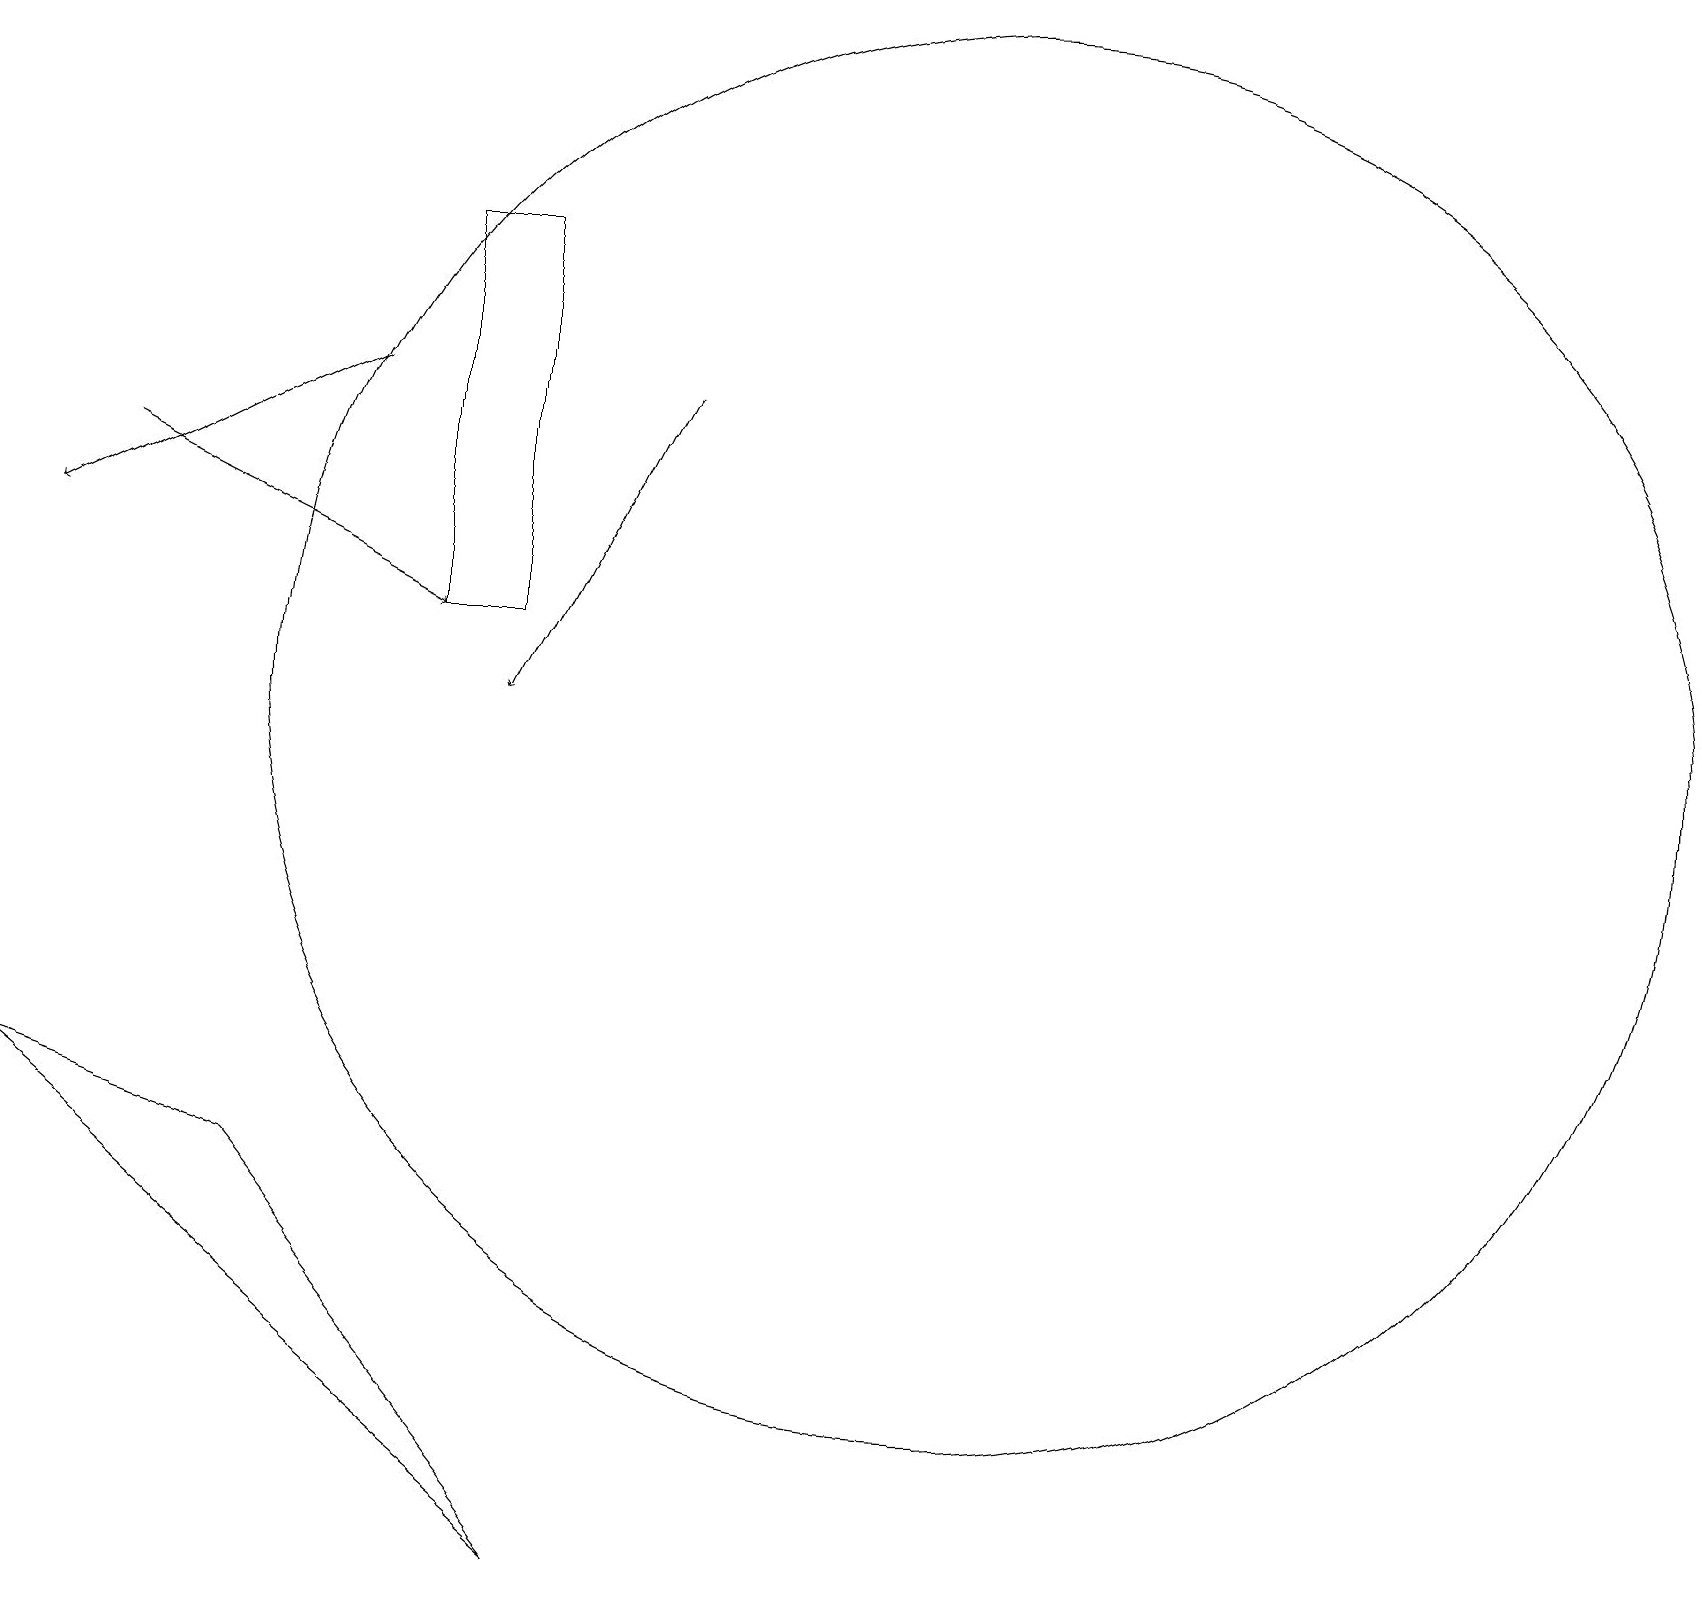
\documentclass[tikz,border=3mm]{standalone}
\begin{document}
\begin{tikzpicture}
\draw[->] (8,15) -- (6,11);
\draw[->] (1,14) -- (5,12);
\draw[->] (4,15) -- (0,13);
\draw (12,11) circle (9);
\draw (6,17) rectangle (5,12);
\draw (3,5) -- (0,6) -- (7,0) -- cycle;
\draw (6,14) rectangle (6,16);
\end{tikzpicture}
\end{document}